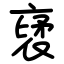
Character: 裦